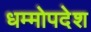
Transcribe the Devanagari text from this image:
धम्मोपदेश